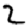
Digit: 2